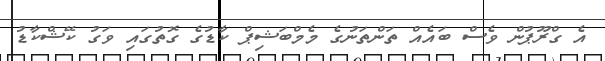
އެ ގްރޫޕުން ވެސް ބައެއް ތަންތަނުގެ މެމްބަޝިޕް ކާޑުގެ ގޮތުގައި ވަގު ކޭޝްކާޑު